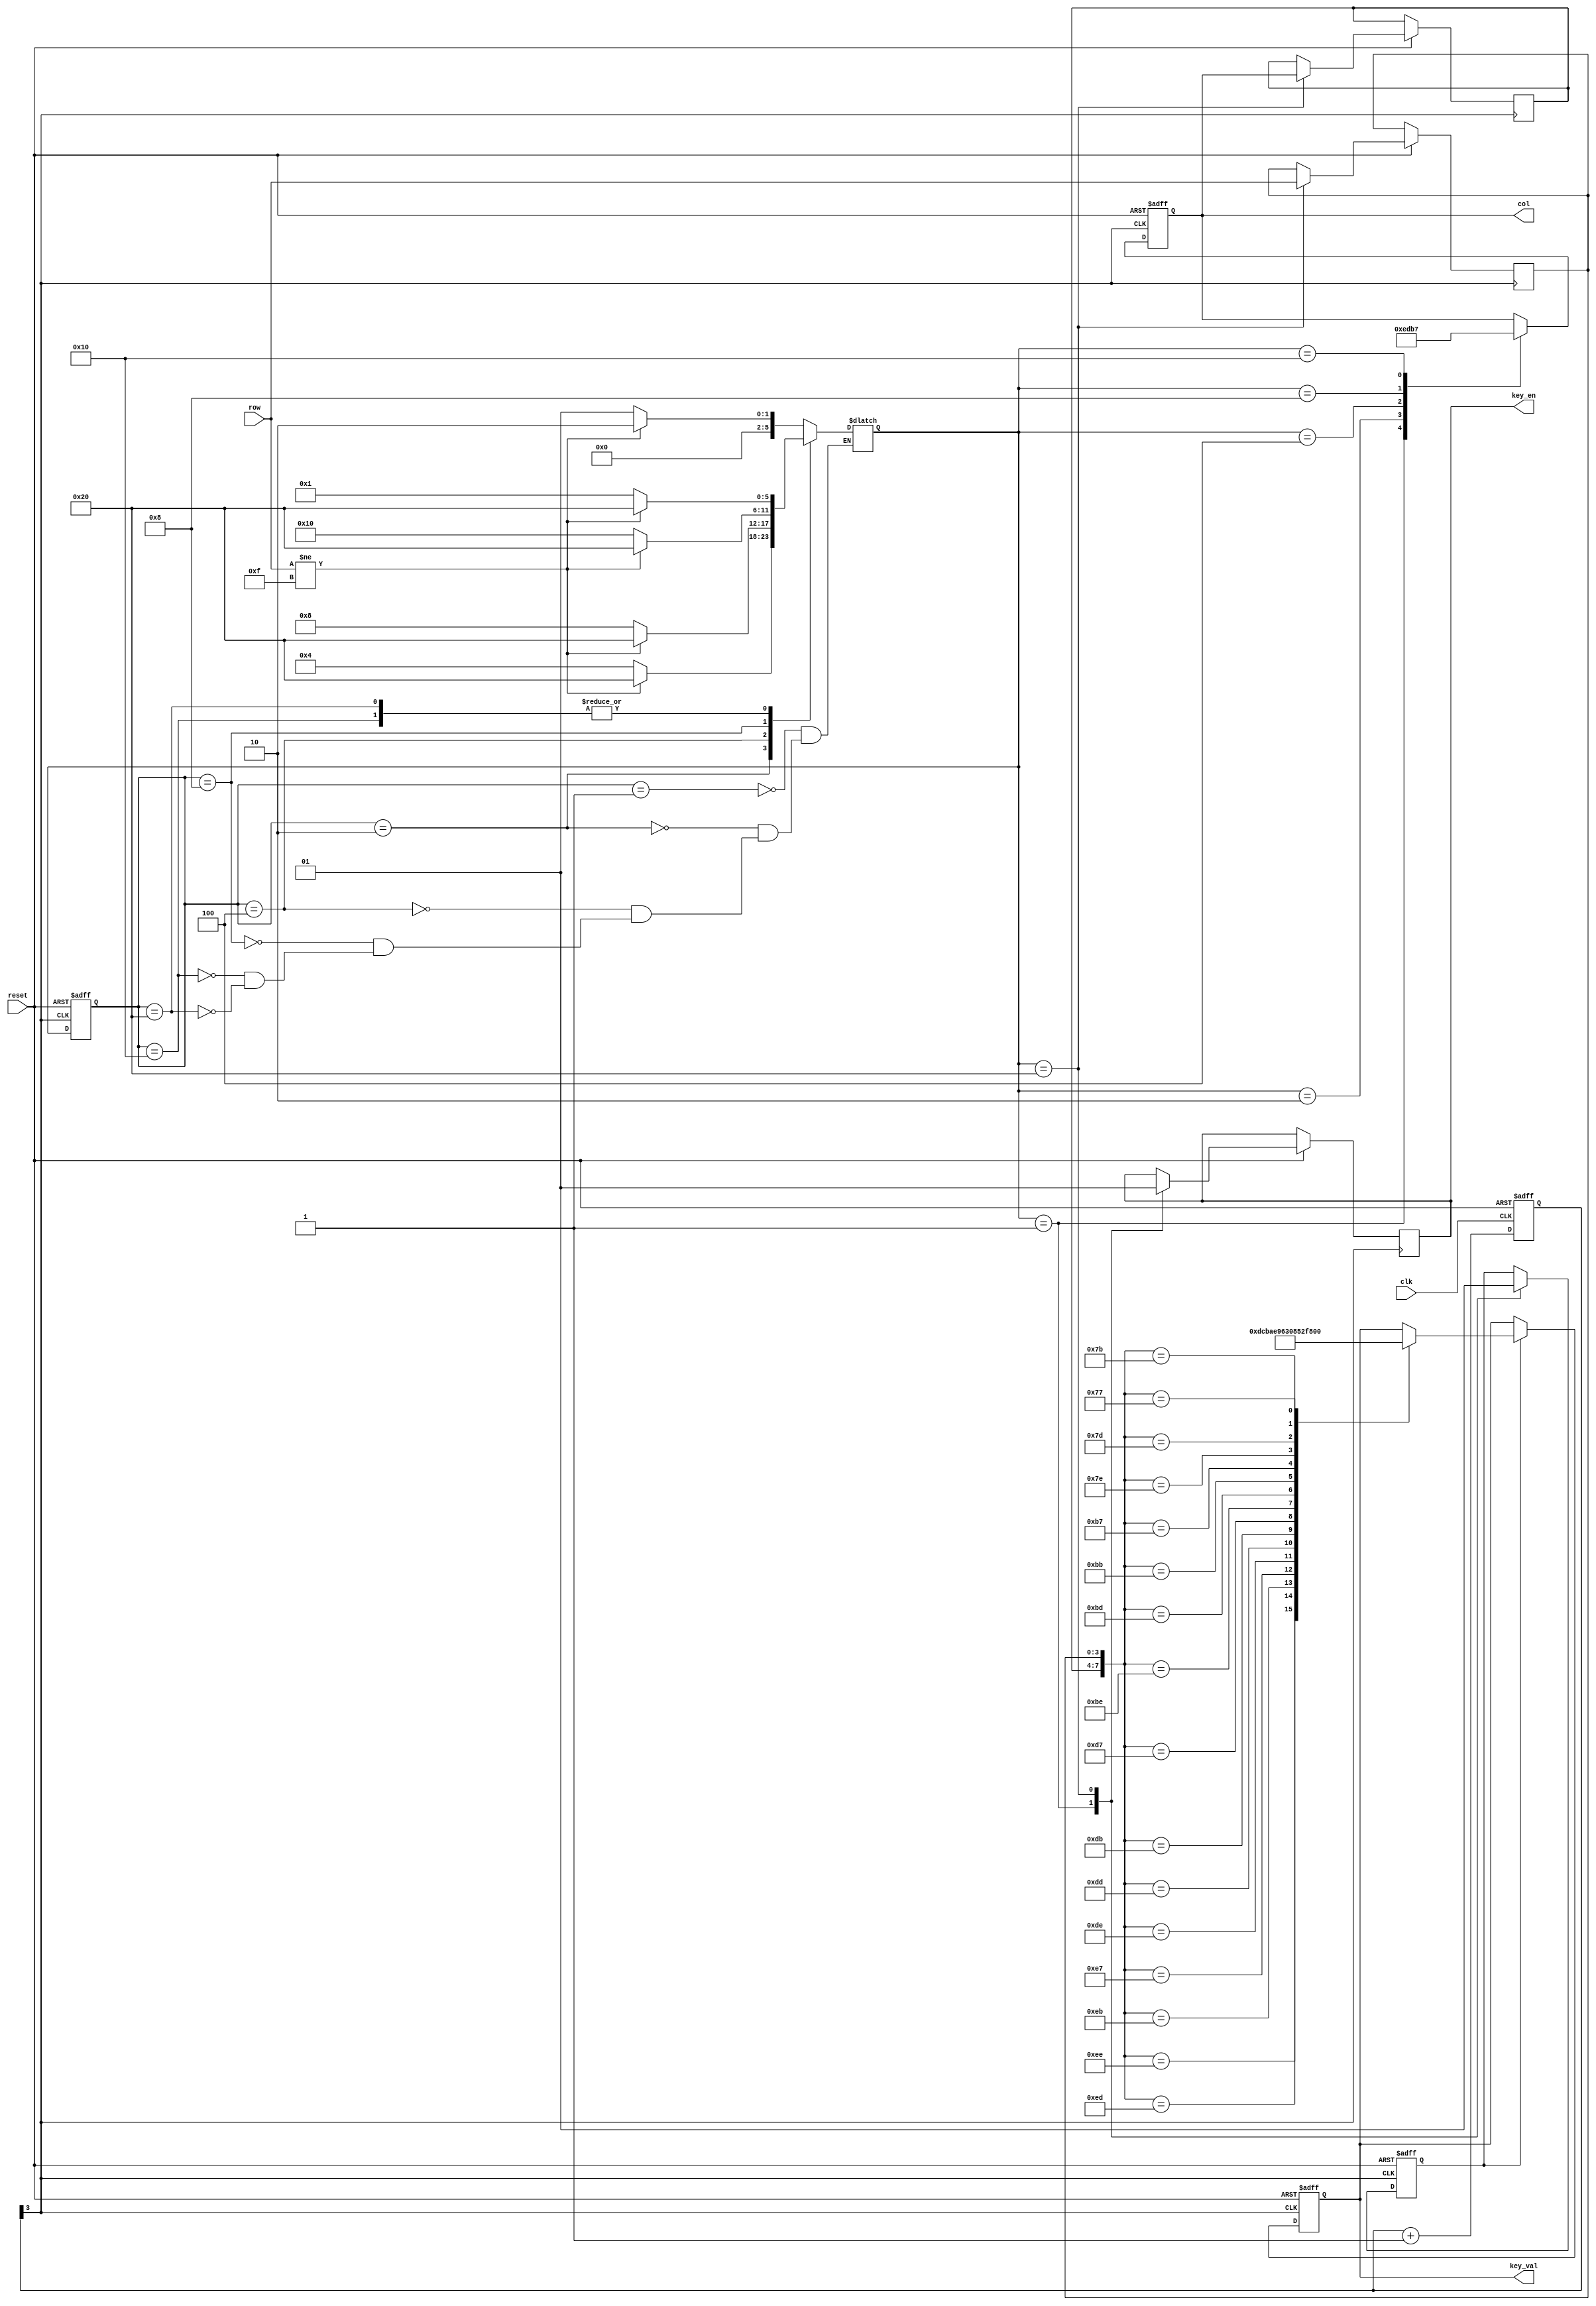
`timescale 1ns / 1ps
//////////////////////////////////////////////////////////////////////////////////
// Company: 
// Engineer: 
// 
// Design Name: 
// Module Name: keyboard
// Project Name: 
// Target Devices: 
// Tool Versions: 
// Description: 
// 
// Dependencies: 
// 
// Revision:
// Revision 0.01 - File Created
// Additional Comments:
// 
//////////////////////////////////////////////////////////////////////////////////


module keyboard(
    input  clk,
    input  reset,
    input  [3:0] row,					//?
    output  reg [3:0] col,
    output  reg  [3:0]  key_val,
    //output  reg  LED,
    output  reg  key_en
  //  output  reg  changePass,
 //   output  reg  confirmPass,
  //  output  reg  clearPass 
    );
    reg [20:0]  cnt ;
    always @(posedge clk or negedge reset)
        if(!reset)
            cnt <=0;
         else
            cnt <= cnt +1'b1;
            
      //wire  key_clk = cnt[20];                      //(2^21/100MHZ) = 21ms
      wire key_clk = cnt[3];
      parameter NO_KEY_PRESSED      	=       6'b000_001;
      parameter SCAN_COL0               =       6'b000_010;
      parameter SCAN_COL1               =       6'b000_100;
      parameter SCAN_COL2               =       6'b001_000;
      parameter SCAN_COL3               =       6'b010_000;
      parameter KEY_PRESSED             =       6'b100_000;
      
      reg [5:0]     current_state,next_state;
      
      
      always @(posedge key_clk or negedge reset)
        if(!reset)
            current_state <= NO_KEY_PRESSED;
           else
                current_state <= next_state;
                
         always @(*)
            case (current_state) 
            NO_KEY_PRESSED:
                if (row != 4'hF)
                    next_state = SCAN_COL0;
                 else
                    next_state = NO_KEY_PRESSED;
             SCAN_COL0:
				if (row!=4'hF)
                    next_state = KEY_PRESSED;
                else
                    next_state = SCAN_COL1; 
              SCAN_COL1:
                if (row!=4'hF)
                    next_state = KEY_PRESSED;
                else
                    next_state = SCAN_COL2; 
             SCAN_COL2:
				if (row!=4'hF)
                    next_state = KEY_PRESSED;
                else
                    next_state = SCAN_COL3; 
             SCAN_COL3:
                if (row!=4'hF)
                    next_state = KEY_PRESSED;
                else
                    next_state = NO_KEY_PRESSED; 
             KEY_PRESSED:
                if(row != 4'hF)
                    next_state = KEY_PRESSED;
                else
                    next_state = NO_KEY_PRESSED;
             endcase
             
       reg key_pressed_flag;
       reg [3:0] col_val,row_val;      
     always @(posedge key_clk or negedge reset)
            if (!reset)
				begin 
                       col  			 <= 4'h0 ;
                       key_pressed_flag  <=  0;      
				end
            else
                    case (next_state)
                        NO_KEY_PRESSED:
                        begin
                            col <= 4'h0;
                            key_pressed_flag <= 0;
                            key_en <= 1'b0;
                        end
                        SCAN_COL0:
								col  <= 4'b1110;
                        SCAN_COL1:
                                col  <= 4'b1101;
                        SCAN_COL2:
                                col  <= 4'b1011;
                        SCAN_COL3:
                                col  <= 4'b0111;     
                        KEY_PRESSED:
                            begin
                            col_val         <= col;
                            row_val         <= row;
                            key_pressed_flag <= 1;
                            key_en <= 1'b1;
                            end                                                                                                                                 
                       endcase
                       
                       
         always @(posedge key_clk or negedge reset)
            if(!reset)
               begin
                key_val <=4'b0; 
              //  changePass <= 1'b0;
               // confirmPass <= 1'b0;
              //  clearPass <= 1'b0;
              //  key_en  <= 1'b0;
               end   
            else
            begin
                if (key_pressed_flag)
                    begin
                   // key_en <= 1'b1;
                    case ({col_val,row_val})
                        8'b1110_1110: begin key_val  <= 4'hD;end//LED  <= 1'b0;end//begin confirmPass <= 1'b1;LED<= 1'b1;end//
                        8'b1110_1101: begin key_val  <= 4'hC;end//LED  <= 1'b1;end//begin LED  <= 1'b1;end//
                        8'b1110_1011: begin key_val  <= 4'hB; end//key_en <= 1'b1; end//begin changePass <= 1'b1;end//
                        8'b1110_0111: begin key_val  <= 4'hA; end//key_en <= 1'b1; end// begin clearPass <= 1'b1;LED<= 1'b0;end//begin key_val  <= 4'hA; end//key_en <= 1'b1; end
                        
                        8'b1101_1110: begin key_val  <= 4'hE; end//key_en <= 1'b1; end
                        8'b1101_1101: begin key_val  <= 4'h9; end//key_en <= 1'b1; end
                        8'b1101_1011: begin key_val  <= 4'h6; end//key_en <= 1'b1; end
                        8'b1101_0111: begin key_val  <= 4'h3; end//key_en <= 1'b1; end
                        
                        8'b1011_1110: begin key_val  <= 4'h0; end//key_en <= 1'b1; end
                        8'b1011_1101: begin key_val  <= 4'h8; end//key_en <= 1'b1; end
                        8'b1011_1011: begin key_val  <= 4'h5; end//key_en <= 1'b1; end
                        8'b1011_0111: begin key_val  <= 4'h2; end//key_en <= 1'b1; end
                        
                        8'b0111_1110: begin key_val  <= 4'hF; end//key_en <= 1'b1; end
                        8'b0111_1101: begin key_val  <= 4'h7; end//key_en <= 1'b1; end
                        8'b0111_1011: begin key_val  <= 4'h4; end//key_en <= 1'b1; end
                        8'b0111_0111: begin key_val  <= 4'h1; end//key_en <= 1'b1; end
                        default:;
                     endcase   
                     end
             /*   else 
                           key_en <= 1'b0;*/
               end
endmodule